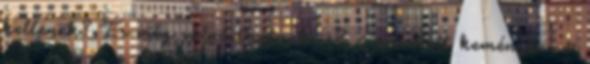
kellenek? És még választhatnak is? – szivatott keményen. –